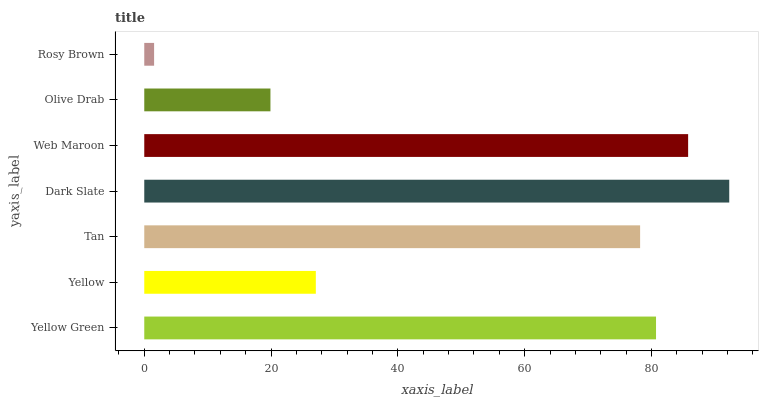
| yaxis_label | bars |
 | --- | --- |
 | Yellow Green | 80.7 |
 | Yellow | 27.1 |
 | Tan | 78.2 |
 | Dark Slate | 92.3 |
 | Web Maroon | 85.8 |
 | Olive Drab | 19.9 |
 | Rosy Brown | 1.55 |